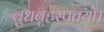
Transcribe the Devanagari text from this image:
बुधबृहस्पतयो।